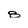
Character: 8